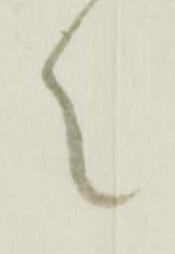
々